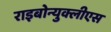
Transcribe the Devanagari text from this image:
राइबोन्युक्लीएस